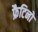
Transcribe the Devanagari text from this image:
फ्रैटिनो